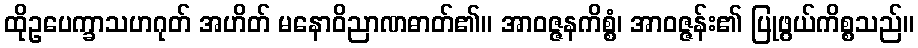
ထိုဥပေက္ခာသဟဂုတ် အဟိတ် မနောဝိညာဏဓာတ်၏။ အာဝဇ္ဇနကိစ္စံ၊ အာဝဇ္ဇန်း၏ ပြုဖွယ်ကိစ္စသည်။